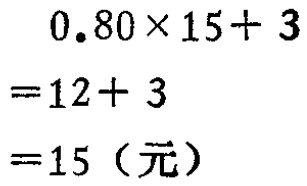
\[

\begin{align*}

&0.80\times15 + 3\\

=&12 + 3\\

=&15（元）

\end{align*}

\]